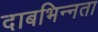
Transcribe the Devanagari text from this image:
दाबभिन्नता